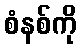
စံနစ်ကို